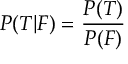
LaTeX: P ( T | F ) = { \frac { P ( T ) } { P ( F ) } }